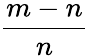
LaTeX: \frac{m-n}{n}